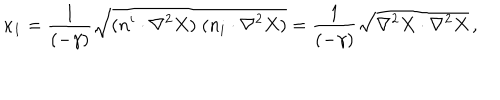
LaTeX: \kappa _ { 1 } = { \frac { 1 } { ( - \gamma ) } } \sqrt { ( n ^ { i } \cdot \nabla ^ { 2 } X ) \; ( n _ { i } \cdot \nabla ^ { 2 } X ) } = { \frac { 1 } { ( - \gamma ) } } \sqrt { \nabla ^ { 2 } X \cdot \nabla ^ { 2 } X } \, ,